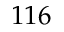
1 1 6